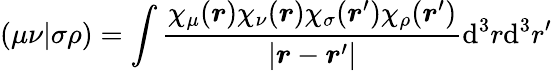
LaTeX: (\mu\nu|\sigma\rho)=\int\frac{\chi_{\mu}(\boldsymbol{r})\chi_{\nu}(\boldsymbol{r})\chi_{\sigma}(\boldsymbol{r}^{\prime})\chi_{\rho}(\boldsymbol{r}^{\prime})}{|\boldsymbol{r}-\boldsymbol{r}^{\prime}|}\mathrm{d}^{3}r\mathrm{d}^{3}r^{\prime}